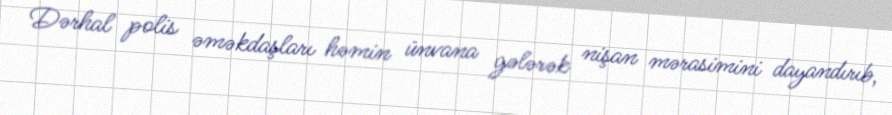
Dərhal polis əməkdaşları həmin ünvana gələrək nişan mərasimini dayandırıb,